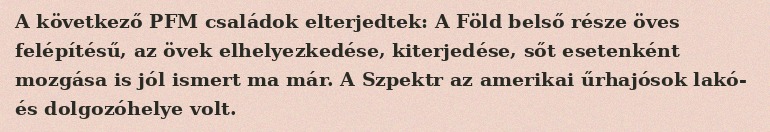
A következő PFM családok elterjedtek: A Föld belső része öves felépítésű, az övek elhelyezkedése, kiterjedése, sőt esetenként mozgása is jól ismert ma már. A Szpektr az amerikai űrhajósok lakó- és dolgozóhelye volt.